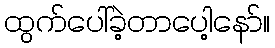
ထွက်ပေါ်ခဲ့တာပေါ့နော်။